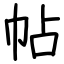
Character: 帖